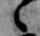
々